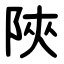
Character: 陜